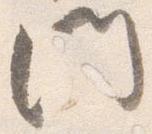
門